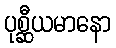
ပုစ္ဆီယမာနော